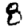
Digit: 8